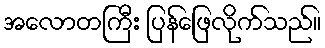
အလောတကြီး ပြန်ဖြေလိုက်သည်။